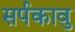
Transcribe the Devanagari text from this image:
सर्पकावु